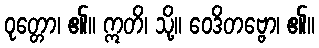
ဝုတ္တော၊ ၏။ ဣတိ၊ သို့။ ဝေဒိတဗ္ဗော၊ ၏။